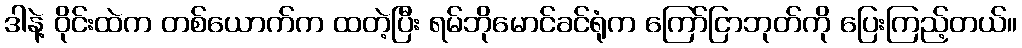
ဒါနဲ့ ဝိုင်းထဲက တစ်ယောက်က ထတဲ့ပြီး ရမ်ဘိုမောင်ခင်ရုံက ကြော်ငြာဘုတ်ကို ပြေးကြည့်တယ်။